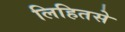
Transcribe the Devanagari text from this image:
लिहितसे